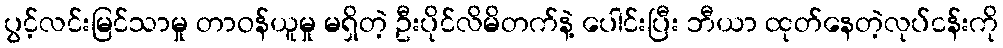
ပွင့်လင်းမြင်သာမှု တာဝန်ယူမှု မရှိတဲ့ ဦးပိုင်လိမိတက်နဲ့ ပေါင်းပြီး ဘီယာ ထုတ်နေတဲ့လုပ်ငန်းကို